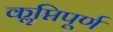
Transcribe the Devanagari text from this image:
कॢप्तिपूर्ण